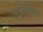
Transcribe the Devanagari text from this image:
खरशिंग